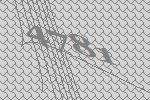
4781